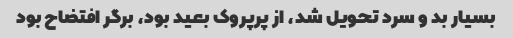
بسیار بد و سرد تحویل شد، از پرپروک بعید بود، برگر افتضاح بود